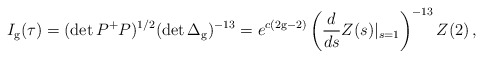
\begin{align*}I_{\rm g}(\tau)=(\det P^+P)^{1/2}(\det\Delta_{\rm g})^{-13}=e^{c(2{\rm g}-2)}\left(\frac{d}{ds}Z(s)|_{s=1}\right)^{-13}Z(2)\,,\end{align*}